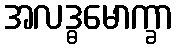
အလဒ္ဓမောက္ခာ